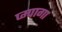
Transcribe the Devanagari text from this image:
प्म्पागा